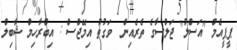
ޕީޕީއެމް "އަސްލު" ޖަލްސާގެ ތެރެއިން  ވަގުތު އިމޭޖްސް : އިބްރާހިމް ޝާބިލް